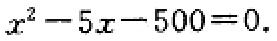
\(x^{2}-5x - 500 = 0.\)